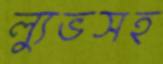
ল্যুভসহ